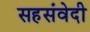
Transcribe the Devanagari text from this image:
सहसंवेदी